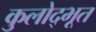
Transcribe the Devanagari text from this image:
कुलोद्‌भूत